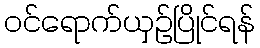
ဝင်ရောက်ယှဉ်ပြိုင်ရန်